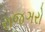
રાજઞરો